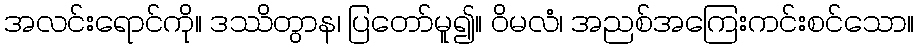
အလင်းရောင်ကို။ ဒဿိတွာန၊ ပြတော်မူ၍။ ဝိမလံ၊ အညစ်အကြေးကင်းစင်သော။